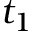
t _ { 1 }